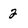
Character: 2